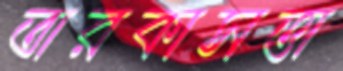
তারকাসত্তা